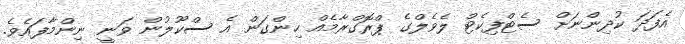
އެފަދަ ކުދިންނަށް ސެޓްފިކެޓް ލެވެލްގެ ޕްރޮގްރާމެއް ހިންގަން އެ ސްކޫލުން ވަނީ ނިންމާފައެވެ.